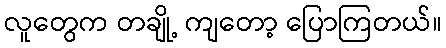
လူတွေက တချို့ ကျတော့ ပြောကြတယ်။